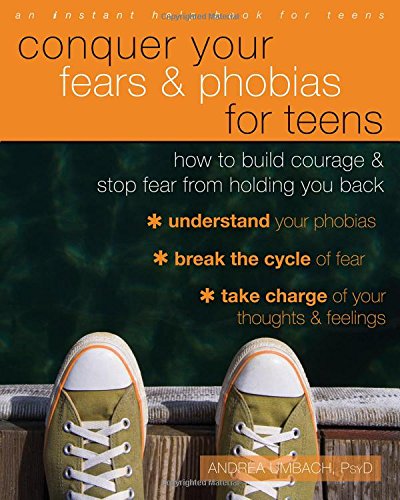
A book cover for Conquer Your Fears and Phobias for Teens: How to Build Courage and Stop Fear from Holding You Back; Andrea Umbach PsyD; Teen & Young Adult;